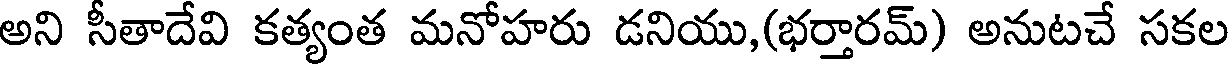
అని సీతాదేవి కత్యంత మనోహరు డనియు,(భర్తారమ్) అనుటచే సకల